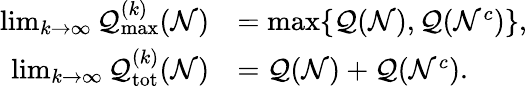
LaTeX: \begin{array}{rl}{\operatorname*{lim}_{k\to\infty}\mathcal{Q}_{\operatorname*{max}}^{(k)}(\mathcal{N})}&{=\operatorname*{max}\{ \mathcal{Q}(\mathcal{N}),\mathcal{Q}(\mathcal{N}^{c})\} ,}\\ {\operatorname*{lim}_{k\to\infty}\mathcal{Q}_{\mathrm{tot}}^{(k)}(\mathcal{N})}&{=\mathcal{Q}(\mathcal{N})+\mathcal{Q}(\mathcal{N}^{c}).}\end{array}